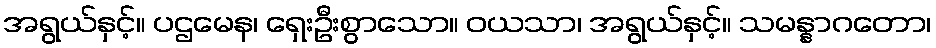
အရွယ်နှင့်။ ပဌမေန၊ ရှေးဦးစွာသော။ ဝယသာ၊ အရွယ်နှင့်။ သမန္နာဂတော၊